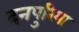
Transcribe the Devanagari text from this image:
दनपुरिया